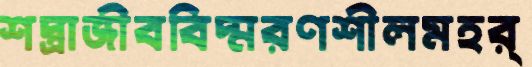
শস্ত্রাজীববিস্মরণশীলমহর্